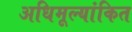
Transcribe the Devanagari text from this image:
अधिमूल्यांकित